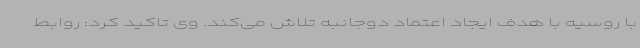
با روسیه با هدف ایجاد اعتماد دوجانبه تلاش می‌کند. وی تاکید کرد: روابط